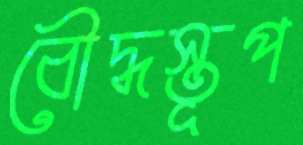
বৌদ্ধস্তূপ